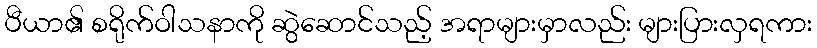
ပီယာ၏ စရိုက်ဝါသနာကို ဆွဲဆောင်သည့် အရာများမှာလည်း များပြားလှရကား